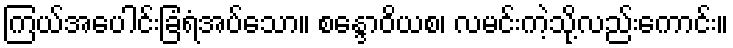
ကြယ်အပေါင်းခြံရံအပ်သော။ စန္ဒောဝိယစ၊ လမင်းကဲ့သို့လည်းကောင်း။